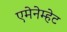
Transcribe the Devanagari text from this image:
एमेनेम्हेट